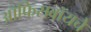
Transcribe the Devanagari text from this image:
ऑफिसबॉयचे